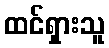
ထင်ရှားသူ